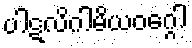
ပါဋလိဂါမိယဝဂ္ဂေါ